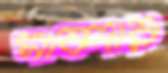
সাব্দার